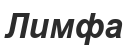
Лимфа